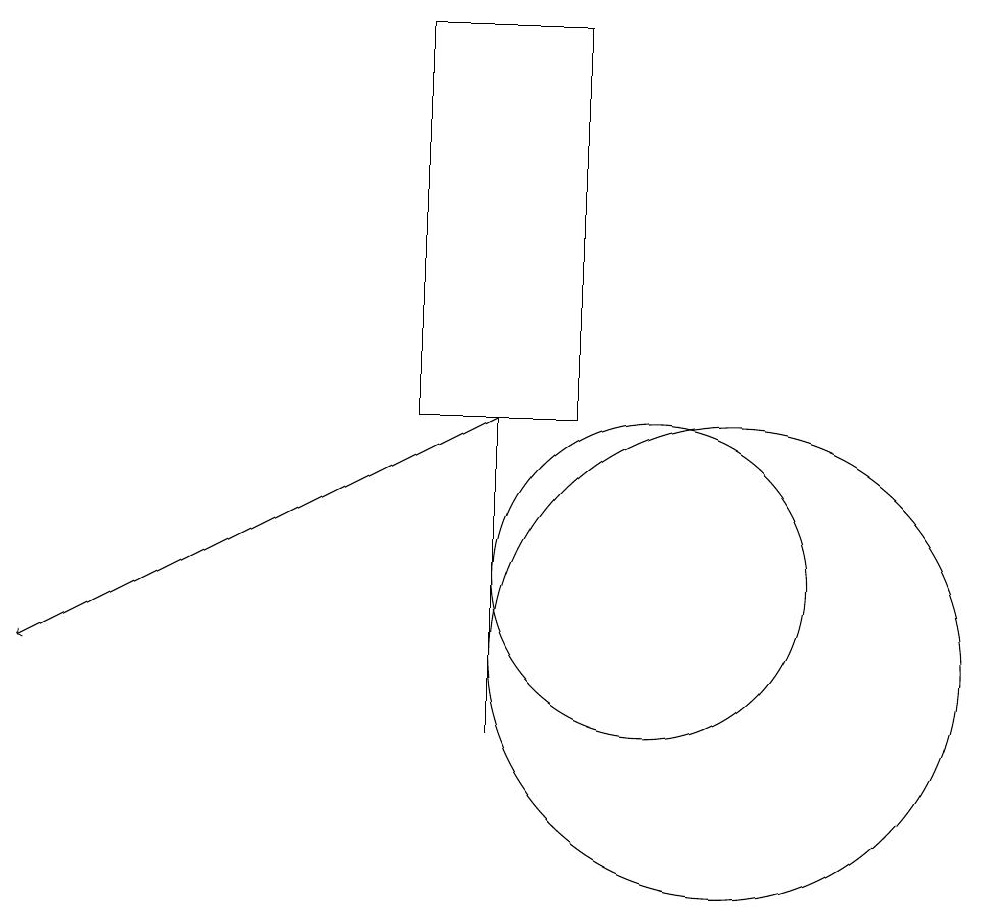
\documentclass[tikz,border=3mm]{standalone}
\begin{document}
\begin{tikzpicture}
\draw (11,11) circle (3);
\draw (8,14) rectangle (8,10);
\draw (10,12) circle (2);
\draw (9,19) rectangle (7,14);
\draw (12,10) circle (0);
\draw[->] (8,14) -- (2,11);
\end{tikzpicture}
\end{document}